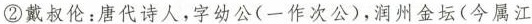
②戴叔伦：唐代诗人，字幼公(一作次公)，润州金坛(今属江